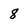
Character: 8